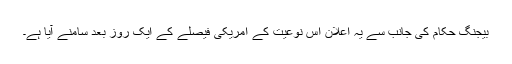
بیجنگ حکام کی جانب سے یہ اعلان اس نوعیت کے امریکی فیصلے کے ایک روز بعد سامنے آیا ہے۔